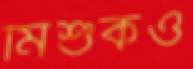
মিশুকও